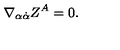
\nabla _ { \alpha \dot { \alpha } } Z ^ { A } = 0 .